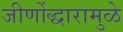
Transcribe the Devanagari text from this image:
जीर्णोद्धारामुळे